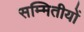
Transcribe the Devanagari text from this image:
सम्मितीयों